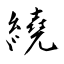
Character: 繞